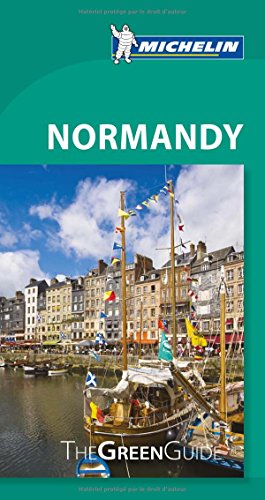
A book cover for Michelin Green Guide Normandy (Green Guide/Michelin); Michelin; Travel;